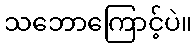
သဘောကြောင့်ပဲ။